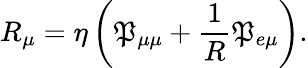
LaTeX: R_{\mu}=\eta\left(\mathfrak{P}_{\mu\mu}+\frac{{1}}{{R}}\mathfrak{P}_{e\mu}\right).